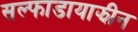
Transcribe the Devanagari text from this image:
सल्फाडायाझीन